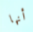
أنها